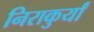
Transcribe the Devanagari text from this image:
निराकुर्यां